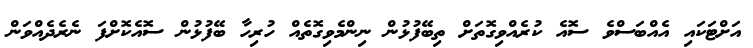
އަށްޓަކައި އެއްބަސްވެ ސޮއެ ކުރެއްވިގޮތަށް ތިބޭފުޅުން ނިންމެވިގޮތެއް ހުރިހާ ބޭފުޅުން ސޮއެކޮށްފަ ނެރެދެއްވަން